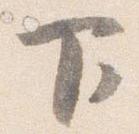
下